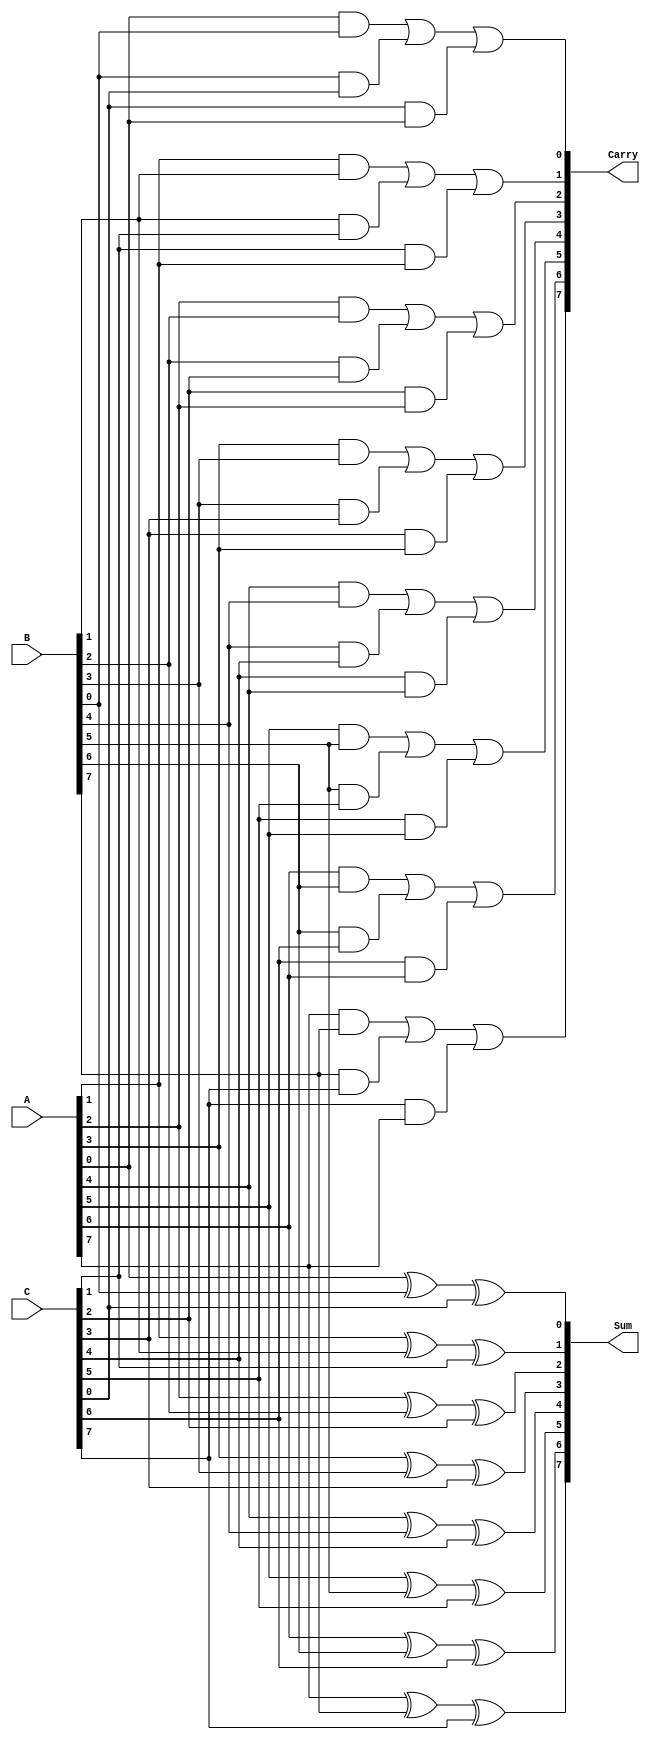
module CarrySaveAdder #(parameter n = 8) (
    input  [n-1:0] A,  // First n-bit input
    input  [n-1:0] B,  // Second n-bit input
    input  [n-1:0] C,  // Third n-bit input
    output [n-1:0] Sum, // n-bit sum output
    output [n-1:0] Carry // n-bit carry output
);

    // Generate Sum and Carry for each bit position
    genvar i;
    generate
        for (i = 0; i < n; i = i + 1) begin : CSA_Bit
            // Sum is computed using XOR
            assign Sum[i] = A[i] ^ B[i] ^ C[i];
            // Carry is computed using the OR of ANDs
            assign Carry[i] = (A[i] & B[i]) | (B[i] & C[i]) | (C[i] & A[i]);
        end
    endgenerate

endmodule